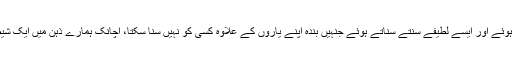
ایک شام گپیں مارتے ہوئے اور ایسے لطیفے سنتے سناتے ہوئے جنہیں بندہ اپنے یاروں کے علاوہ کسی کو نہیں سنا سکتا، اچانک ہمارے ذہن میں ایک شیطانی خیال نے جنم لیا۔